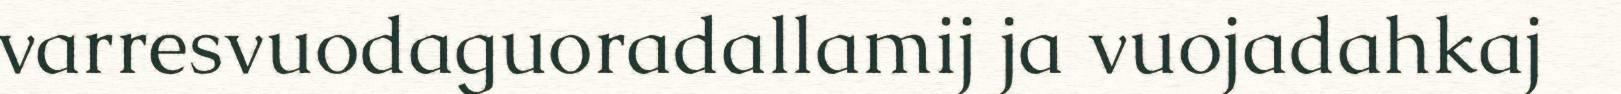
varresvuodaguoradallamij ja vuojadahkaj